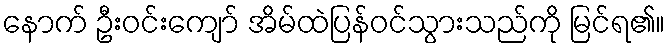
နောက် ဦးဝင်းကျော် အိမ်ထဲပြန်ဝင်သွားသည်ကို မြင်ရ၏။